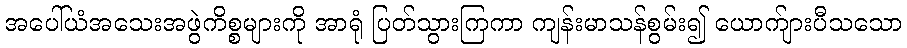
အပေါ်ယံအသေးအဖွဲကိစ္စများကို အာရုံ ပြတ်သွားကြကာ ကျန်းမာသန်စွမ်း၍ ယောက်ျားပီသသော